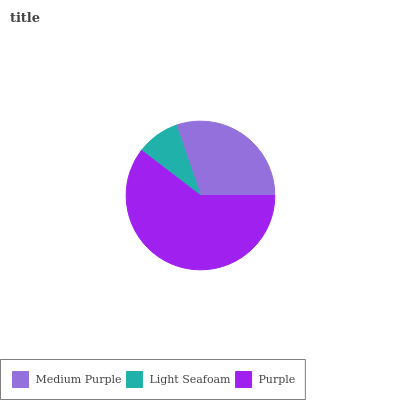
| Medium Purple | Light Seafoam | Purple |
 | --- | --- | --- |
 | 30.3% | 9.35% | 60.4% |